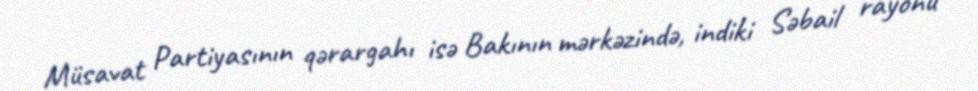
Müsavat Partiyasının qərargahı isə Bakının mərkəzində, indiki Səbail rayonu